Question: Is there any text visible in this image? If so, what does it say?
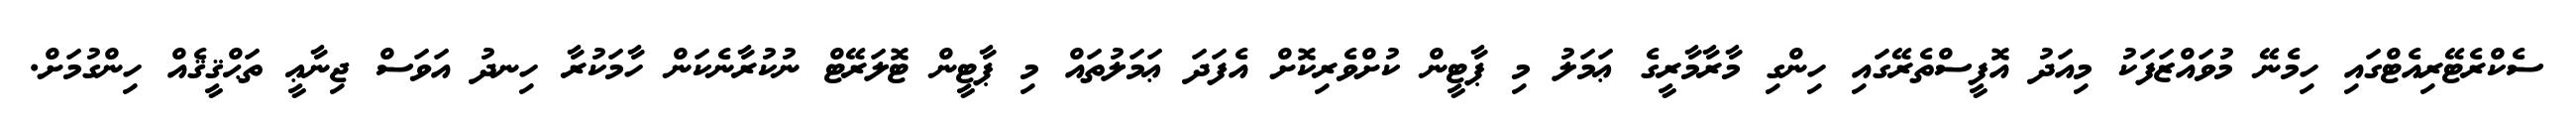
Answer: ސެކްރެޓޭރިއެޓްގައި ހިމެނޭ މުވައްޒަފަކު މިއަދު އޮފީސްތެރޭގައި ހިންގި މާރާމާރީގެ ޢަމަލު މި ޕާޓީން ކުށްވެރިކޮށް އެފަދަ ޢަމަލުތައް މި ޕާޓީން ޓޮލަރޭޓް ނުކުރާނެކަން ހާމަކުރާ ހިނދު އަވަސް ޖިނާޢީ ތަޙްޤީޤެއް ހިންގުމަށް.